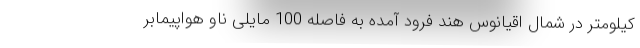
کیلومتر در شمال اقیانوس هند فرود آمده به فاصله 100 مایلی ناو هواپیمابر